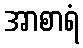
အာစာရံ